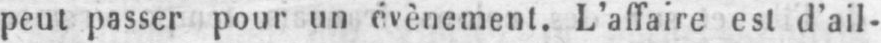
peut passer pour un événement. L’affaire est d’ail-